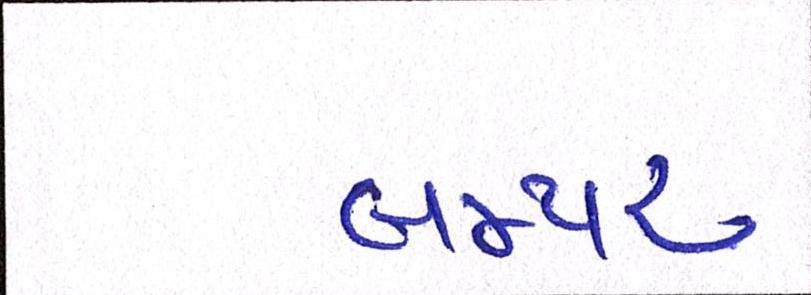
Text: બમ્પર